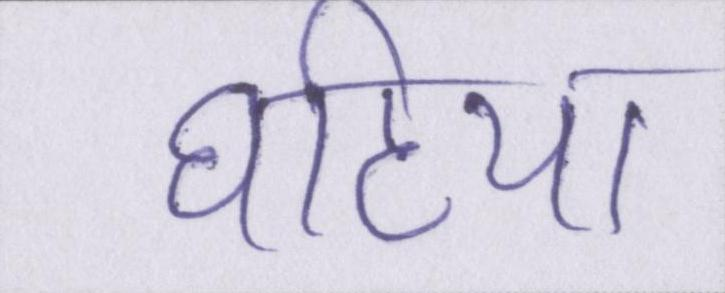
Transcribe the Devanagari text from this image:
घटिया